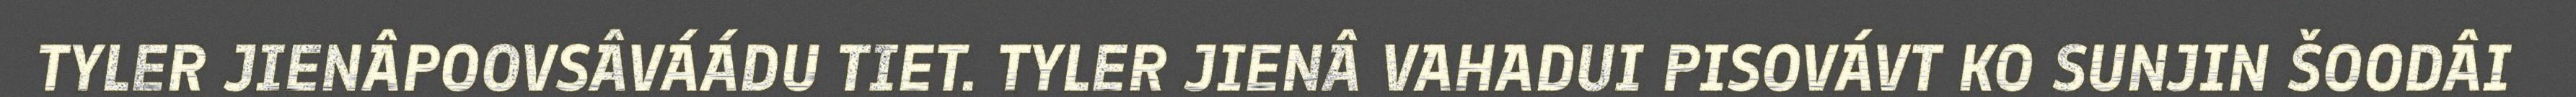
TYLER JIENÂPOOVSÂVÁÁDU TIET. TYLER JIENÂ VAHADUI PISOVÁVT KO SUNJIN ŠOODÂI